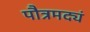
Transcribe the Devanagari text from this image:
पौत्रमद्यं